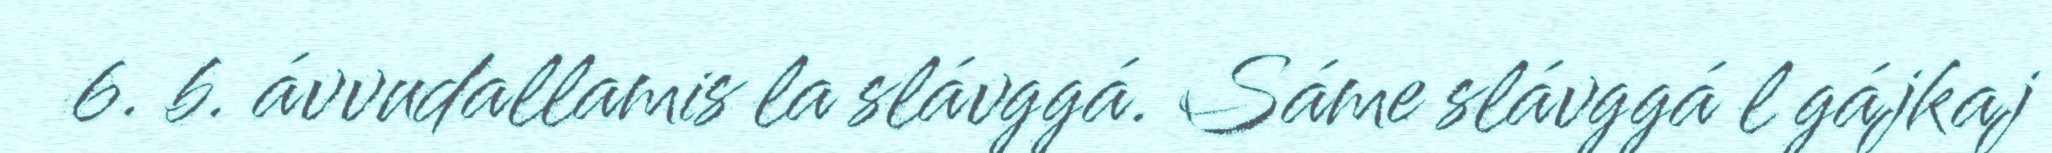
6. b. ávvudallamis la slávggá. Sáme slávggá l gájkaj